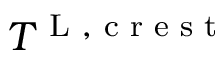
T ^ { \textnormal { L } , \textnormal { c r e s t } }